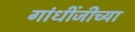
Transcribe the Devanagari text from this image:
गांधींजीच्या